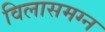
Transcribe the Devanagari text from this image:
विलासमग्न